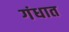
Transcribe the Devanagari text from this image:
गंधात